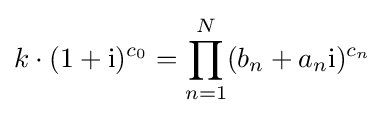
k\cdot (1+\mathrm {i} )^{c_{0}}=\prod _{n=1}^{N}(b_{n}+a_{n}\mathrm {i} )^{c_{n}}